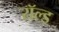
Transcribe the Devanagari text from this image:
रॉल्‍ड